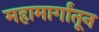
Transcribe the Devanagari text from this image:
महामार्गांतून